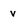
Character: v